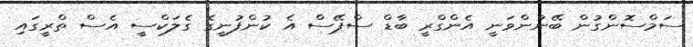
ސަމްސޮންގުން ބޭނުންވަނީ އެންގްރީ ބާޑް ސްޕޭސް އެ ކުންފުނީގެ ގެލަކްސީ އެސް ތްރީގައި